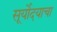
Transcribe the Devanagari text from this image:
सूर्योदयाचा